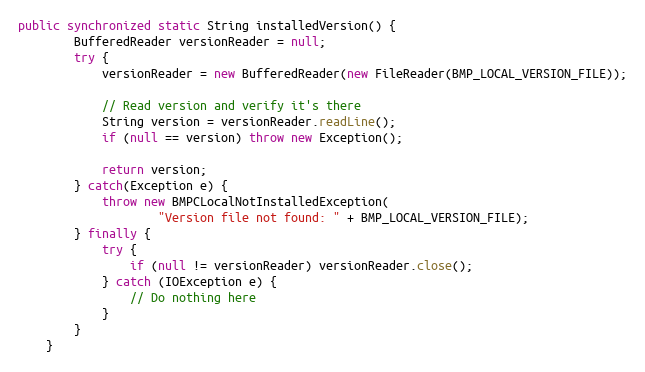
Language: Java
public synchronized static String installedVersion() {
        BufferedReader versionReader = null;
        try {
            versionReader = new BufferedReader(new FileReader(BMP_LOCAL_VERSION_FILE));

            // Read version and verify it's there
            String version = versionReader.readLine();
            if (null == version) throw new Exception();

            return version;
        } catch(Exception e) {
            throw new BMPCLocalNotInstalledException(
                    "Version file not found: " + BMP_LOCAL_VERSION_FILE);
        } finally {
            try {
                if (null != versionReader) versionReader.close();
            } catch (IOException e) {
                // Do nothing here
            }
        }
    }